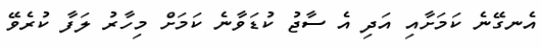
އެނގޭނެ ކަމަށާއި އަދި އެ ސާޖު ކުޑަވާނެ ކަމަށް މިހާރު ލަފާ ކުރެވޭ